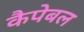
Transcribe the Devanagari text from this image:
कैपेबल